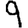
Digit: 9